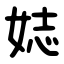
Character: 娡